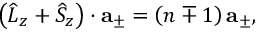
\left( \widehat { L } _ { z } + \widehat { S } _ { z } \right) \cdot \mathbf { a } _ { \pm } = \left( n \mp 1 \right) \mathbf { a } _ { \pm } ,